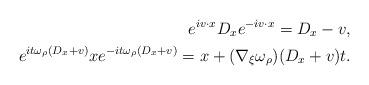
LaTeX: \begin{align*}e^{iv\cdot x}D_xe^{-iv\cdot x}=D_x-v,\\e^{it\omega_\rho(D_x+v)}xe^{-it\omega_\rho(D_x+v)}=x+(\nabla_\xi\omega_\rho)(D_x+v)t.\end{align*}